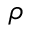
\rho